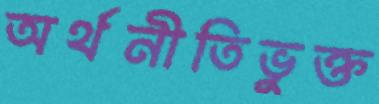
অর্থনীতিভুক্ত